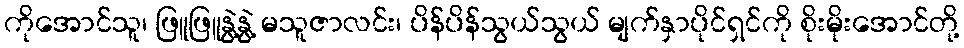
ကိုအောင်သူ၊ ဖြူဖြူနွဲ့နွဲ့ မသူဇာလင်း၊ ပိန်ပိန်သွယ်သွယ် မျက်နှာပိုင်ရှင်ကို စိုးမိုးအောင်တို့